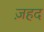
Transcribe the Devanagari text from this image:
ज़हद